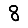
Digit: 8